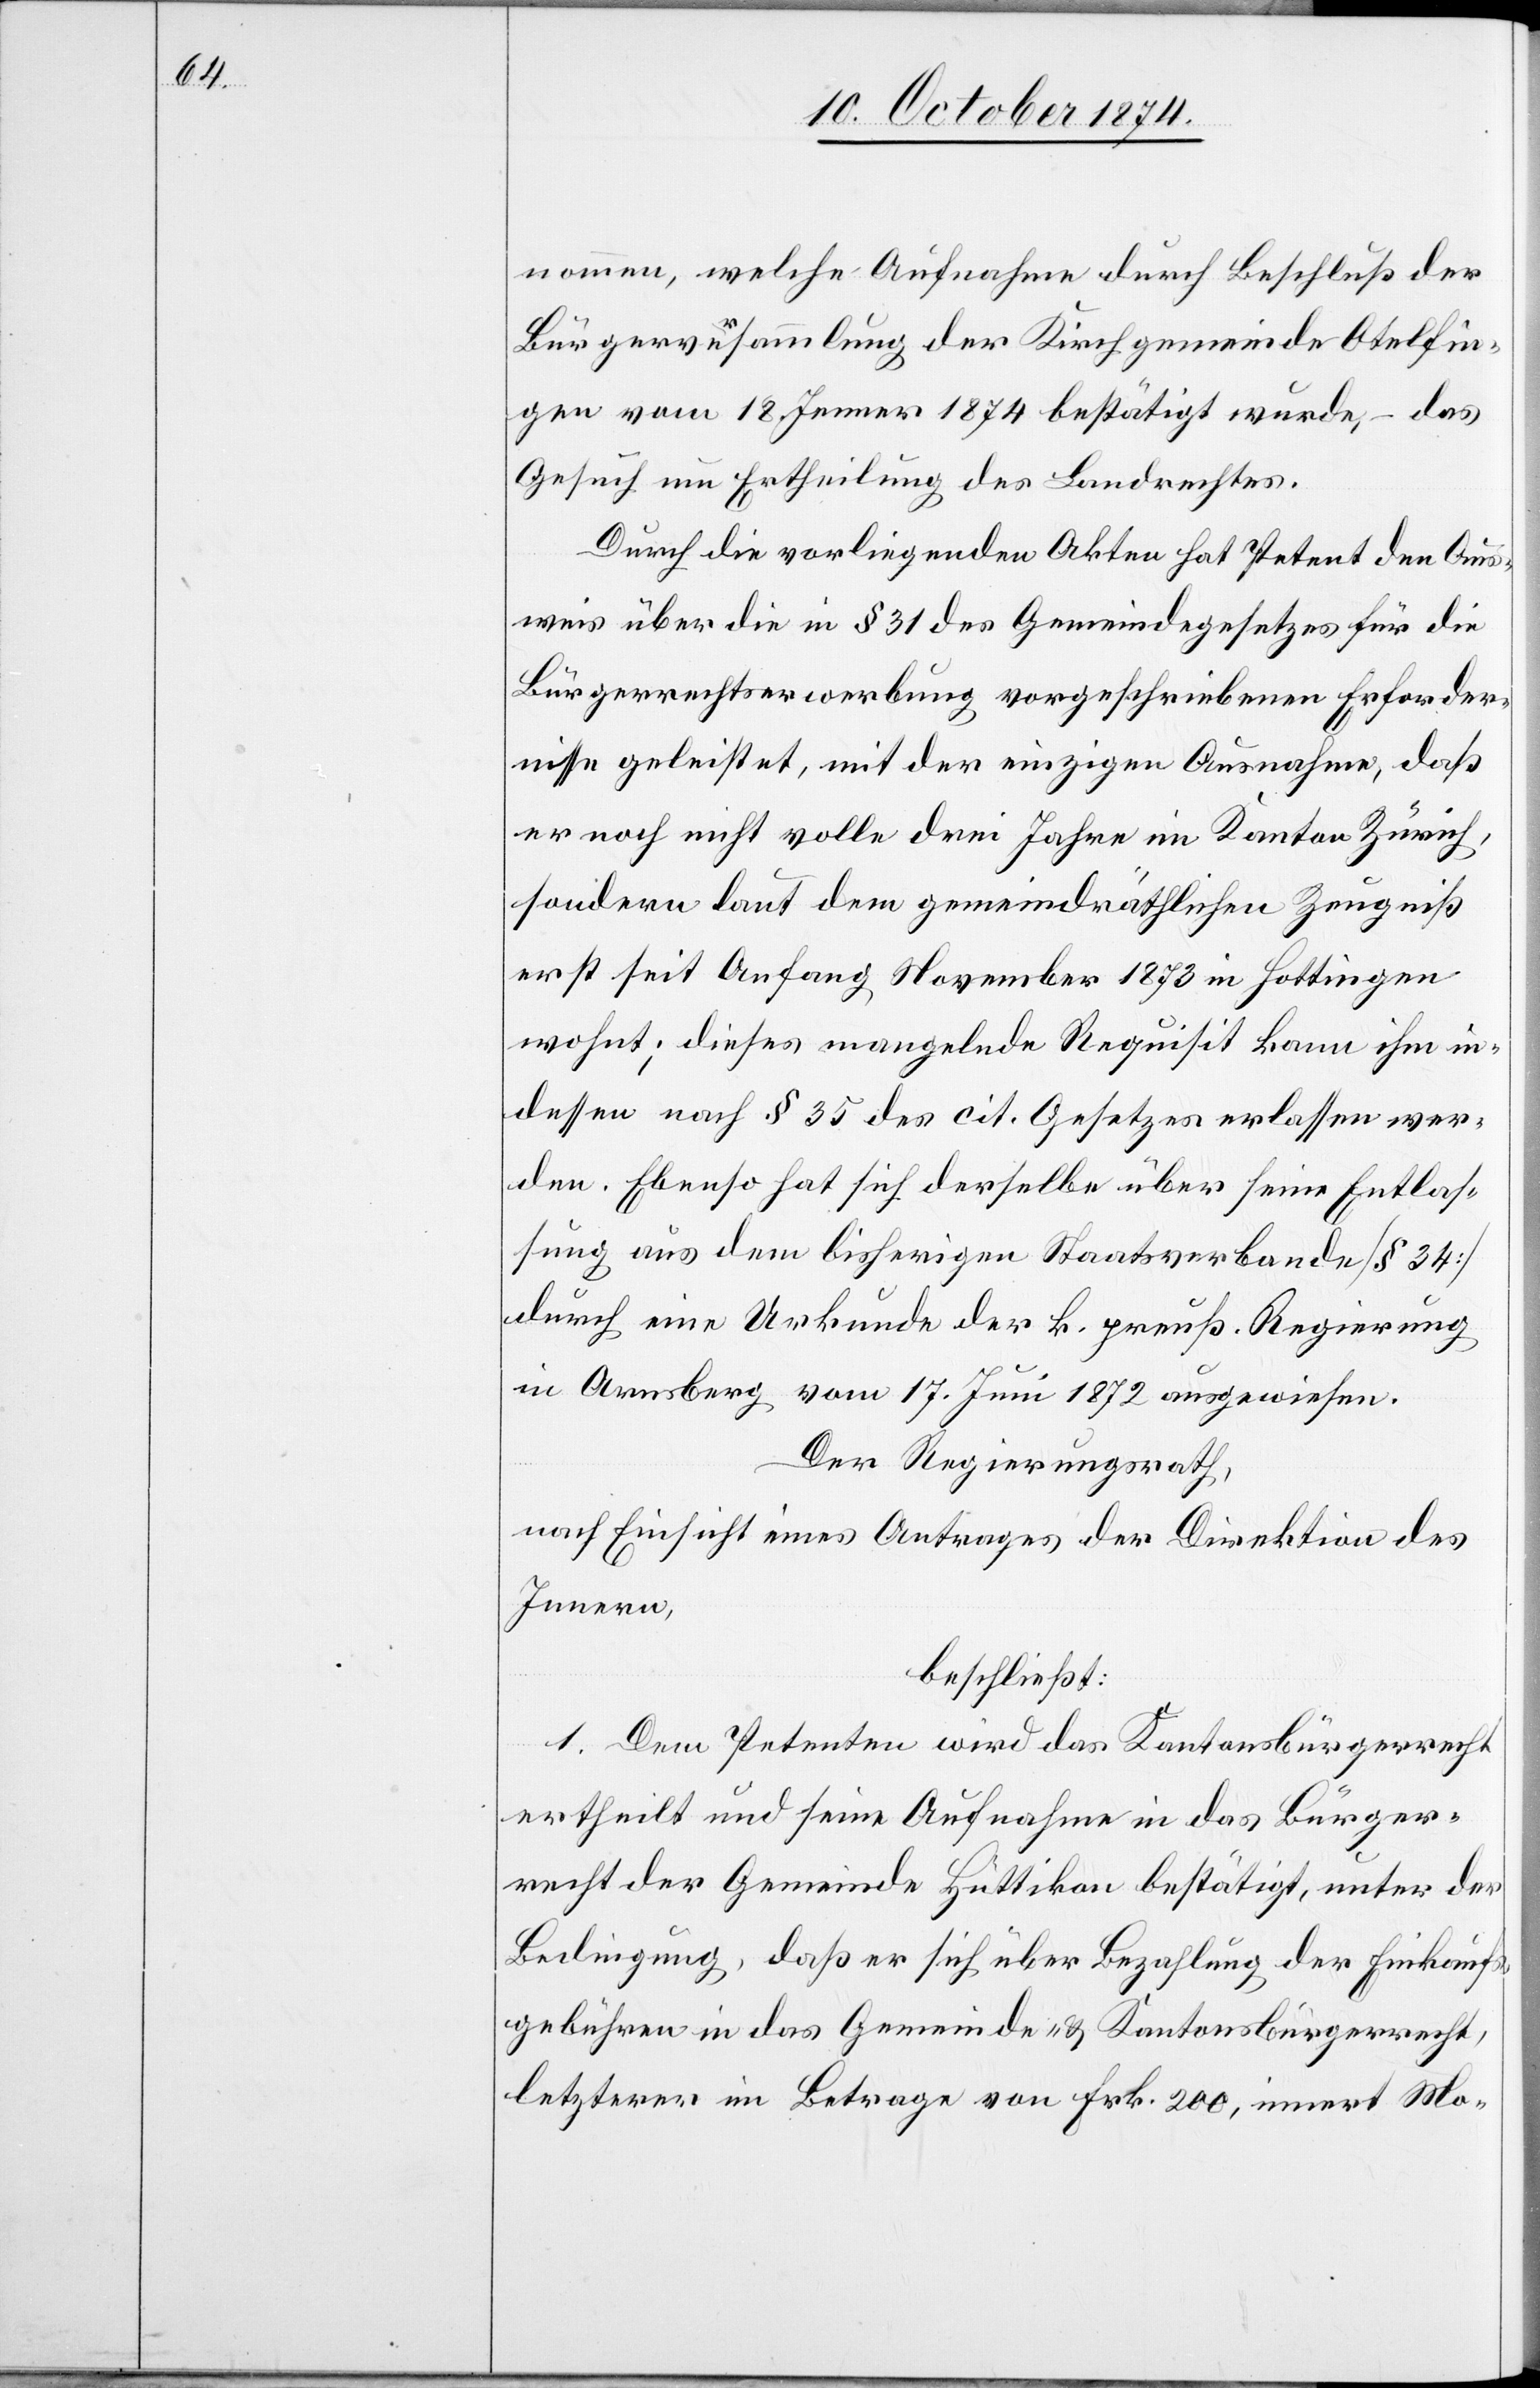
nommen, welche Aufnahme durch Beschluß der
Bürgerversammlung der Kirchgemeinde Otelfin¬
gen vom 18. Jenner 1874 bestätigt wurde, – das
Gesuch um Ertheilung des Landrechtes.
Durch die vorliegenden Akten hat Petent den Aus¬
weis über die in § 31 des Gemeindegesetzes für die
Bürgerrechtserwerbung vorgeschriebenen Erforder¬
nisse geleistet, mit der einzigen Ausnahme, daß
er noch nicht volle drei Jahre im Kanton Zürich,
sondern laut dem gemeindräthlichen Zeugniß
erst seit Anfang November 1873 in Hottingen
wohnt; dieses mangelnde Requisit kann ihm in¬
dessen nach § 35 des cit. Gesetzes erlassen wer¬
den. Ebenso hat sich derselbe über seine Entlas¬
sung aus dem bisherigen Staatsverbande [§ 34]
durch eine Urkunde der k. preuß. Regierung
in Arnsberg vom 17. Juni 1872 ausgewiesen.
Der Regierungsrath,
nach Einsicht eines Antrages der Direktion des
Innern,
beschließt:
1. Dem Petenten wird das Kantonsbürgerrecht
ertheilt und seine Aufnahme in das Bürger¬
recht der Gemeinde Hüttikon bestätigt, unter der
Bedingung, daß er sich über Bezahlung der Einkauf¬
sgebühren in das Gemeinde- & Kantonsbürgerrecht,
letzterer im Betrage von Frk. 200, innert Mo-